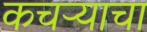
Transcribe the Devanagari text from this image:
कचऱ्याचा